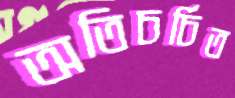
অতিচর্চিত